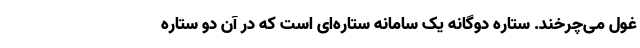
غول ‌می‌چرخند. ستاره دوگانه یک سامانه ستاره‌ای است که در آن دو ستاره